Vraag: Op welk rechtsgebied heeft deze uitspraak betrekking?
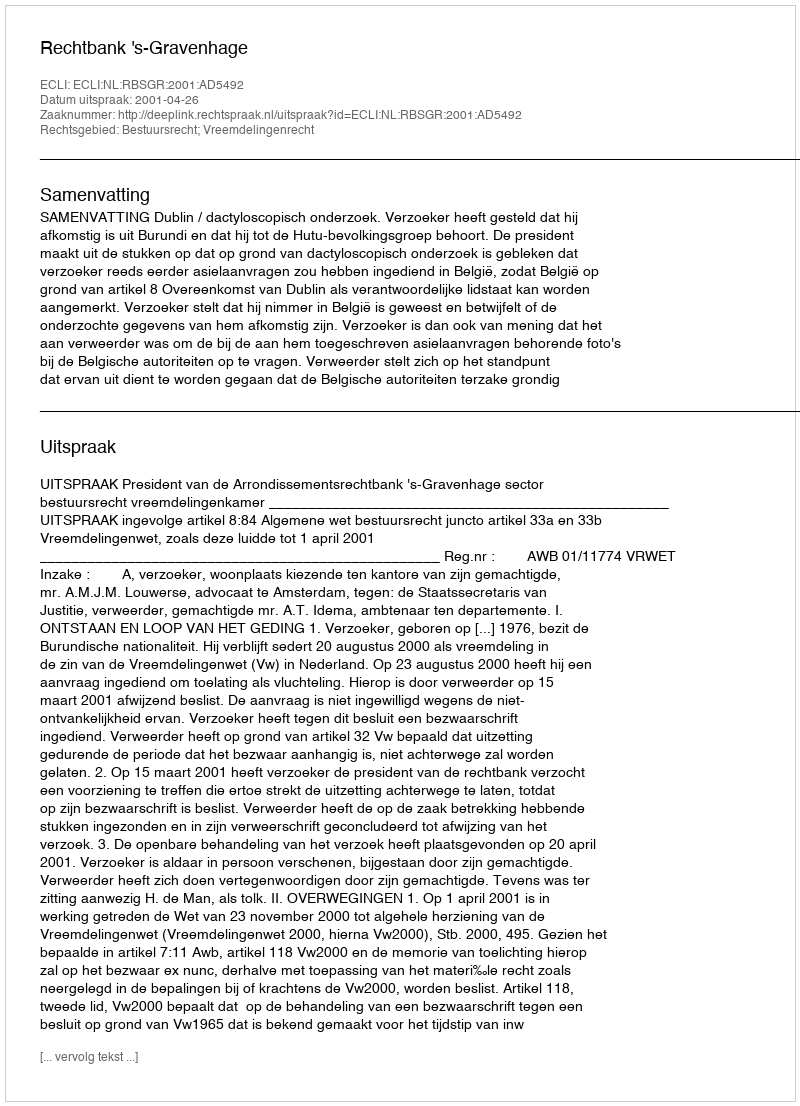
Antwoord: Bestuursrecht; Vreemdelingenrecht